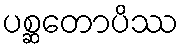
ပစ္ဆတောပိဿ